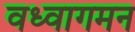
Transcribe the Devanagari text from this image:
वध्वागमन